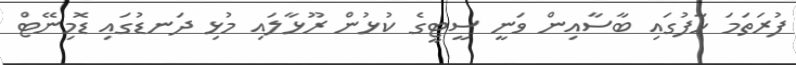
ފުރަތަމަ ހާފުގައި ބާސާއިން ވަނީ ސީޓީގެ ކުޅުން ރޫޅާލައި މުޅި ދަނޑުގައި ޑޮމިނޭޓް